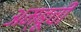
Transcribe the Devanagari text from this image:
अम्बूची